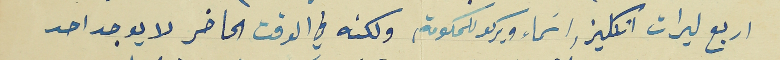
اربع ليرات انكليز واسماء ويركو للحكومة ، ولكنه في الوقت الحاضر لا يوجد احد